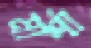
মার্শা